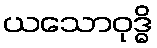
ယသောဝုဒ္ဓိ